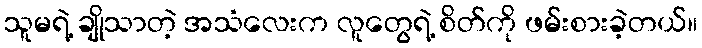
သူမရဲ့ ချိုသာတဲ့ အသံလေးက လူတွေရဲ့ စိတ်ကို ဖမ်းစားခဲ့တယ်။